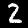
Digit: 2